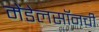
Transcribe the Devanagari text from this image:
मेंडेलसॉनची